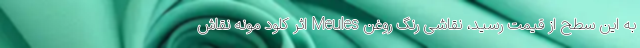
به این سطح از قیمت رسید، نقاشی رنگ روغن Meules اثر کلود مونه نقاش